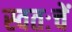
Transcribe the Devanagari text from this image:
स्वतःचें